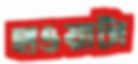
হাওয়াটা